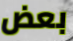
بعض